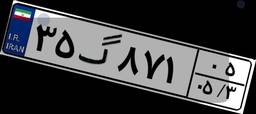
۷۶گ۳۳۹۷۶